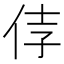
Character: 𰁵